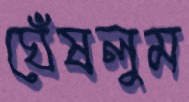
ঘেঁষলুম